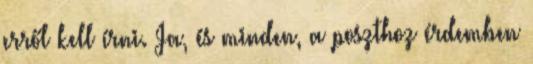
erről kell írni. Ja, és minden, a poszthoz érdemben